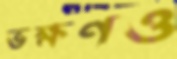
ভক্ষণও